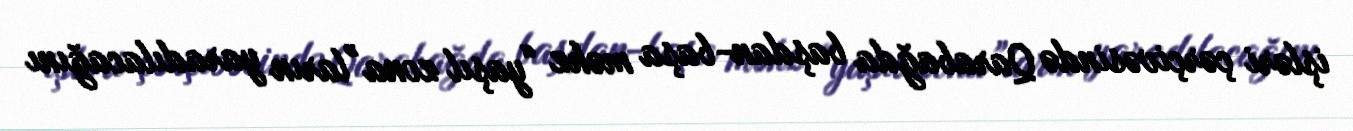
işləri çərçivəsində Qarabağda başdan-başa məhz “yaşıl zona”ların yaradılacağını